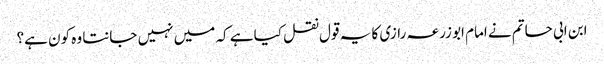
ابن ابی حاتم نے امام ابو زرعہ رازی کا یہ قول نقل کیا ہے کہ میں نہیں جانتا وہ کون ہے؟